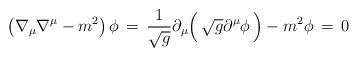
LaTeX: \begin{align*}\left(\nabla_\mu \nabla^\mu - m^2\right) \phi\,=\,{1\over \sqrt{g}} \partial_\mu \Big( \, \sqrt{g} \partial^\mu \phi \,\Big) - m^2\phi\,=\,0\,\,\end{align*}